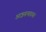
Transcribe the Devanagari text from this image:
आइसनहावर